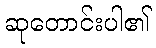
ဆုတောင်းပါ၏